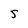
Character: 5